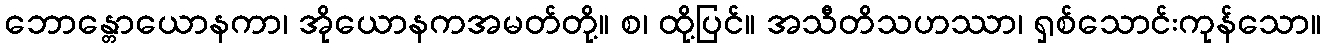
ဘောန္တောယောနကာ၊ အိုယောနကအမတ်တို့။ စ၊ ထို့ပြင်။ အသီတိသဟဿာ၊ ရှစ်သောင်းကုန်သော။